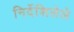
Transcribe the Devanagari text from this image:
निर्देशिलेले